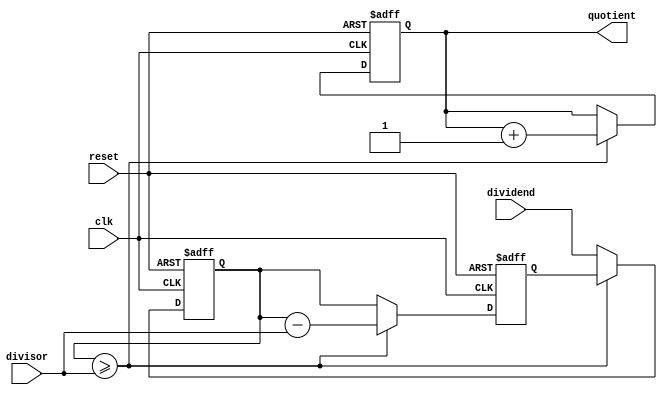
module synchronous_divider(
    input wire clk,
    input wire reset,
    input wire [31:0] dividend,
    input wire [31:0] divisor,
    output reg [31:0] quotient
);

reg [31:0] remainder;
reg [31:0] temp_dividend;

always @ (posedge clk or posedge reset) begin
    if (reset) begin
        quotient <= 0;
        remainder <= 0;
        temp_dividend <= 0;
    end else begin
        temp_dividend <= {temp_dividend, dividend};
        
        if (temp_dividend >= divisor) begin
            remainder <= temp_dividend - divisor;
            temp_dividend <= remainder;
            quotient <= quotient + 1;
        end else begin
            quotient <= quotient;
            remainder <= temp_dividend;
        end
    end
end

endmodule